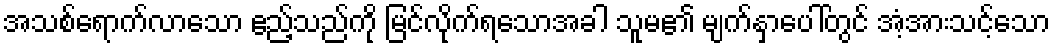
အသစ်ရောက်လာသော ဧည့်သည်ကို မြင်လိုက်ရသောအခါ သူမ၏ မျက်နှာပေါ်တွင် အံ့အားသင့်သော